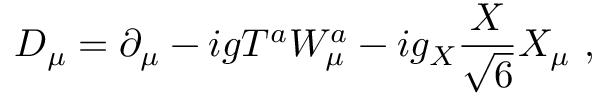
D _ { \mu } = \partial _ { \mu } - i g T ^ { a } W _ { \mu } ^ { a } - i g _ { X } { \frac { X } { \sqrt { 6 } } } X _ { \mu } \ ,